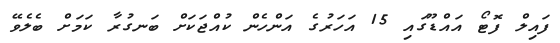
ފައިލް ފޮޓޯ އައްޑޫގައި 15 އަހަރުގެ އަންހެން ކުއްޖަކަށް ބަނގުރާ ކަމަށް ބެލެވޭ